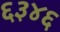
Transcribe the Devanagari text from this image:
६३४६